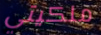
ملكيتي